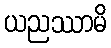
ယညဿာမိ